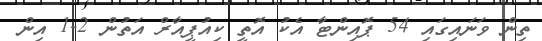
ތިން ވަނައިގައި 54 ޕޮއިންޓާ އެކު އޮތީ ކިއުޕީއާރް އަތުން 2-1 އިން